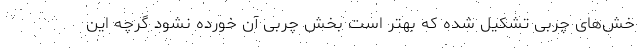
خش‌های چربی تشکیل‌ شده که بهتر است بخش چربی آن خورده نشود گرچه این